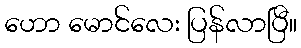
ဟော မောင်လေး ပြန်လာပြီ။